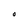
Character: O